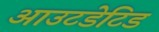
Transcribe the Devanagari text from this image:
आउटडेटिड